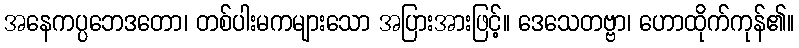
အနေကပ္ပဘေဒတော၊ တစ်ပါးမကများသော အပြားအားဖြင့်။ ဒေသေတဗ္ဗာ၊ ဟောထိုက်ကုန်၏။